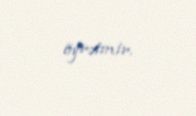
öyrətmir.